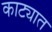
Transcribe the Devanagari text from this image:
काट्यात